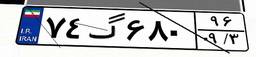
۶۹گ۴۸۷۰۹